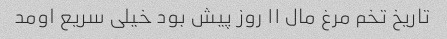
تاریخ تخم مرغ مال ۱۱ روز پیش بود خیلی سریع اومد